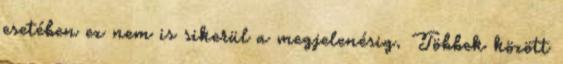
esetében ez nem is sikerül a megjelenésig. Többek között